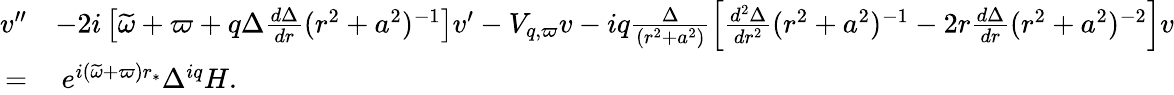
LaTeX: \begin{array}{rl}{v^{\prime\prime}}&{-2i\left[\widetilde{\omega}+\varpi+q\Delta\frac{d\Delta}{dr}(r^{2}+a^{2})^{-1}\right]v^{\prime}-V_{q,\varpi}v-iq\frac{\Delta}{(r^{2}+a^{2})}\left[\frac{d^{2}\Delta}{dr^{2}}(r^{2}+a^{2})^{-1}-2r\frac{d\Delta}{dr}(r^{2}+a^{2})^{-2}\right]v}\\ {=}&{\: e^{i(\widetilde{\omega}+\varpi)r_{*}}\Delta^{iq}H.}\end{array}